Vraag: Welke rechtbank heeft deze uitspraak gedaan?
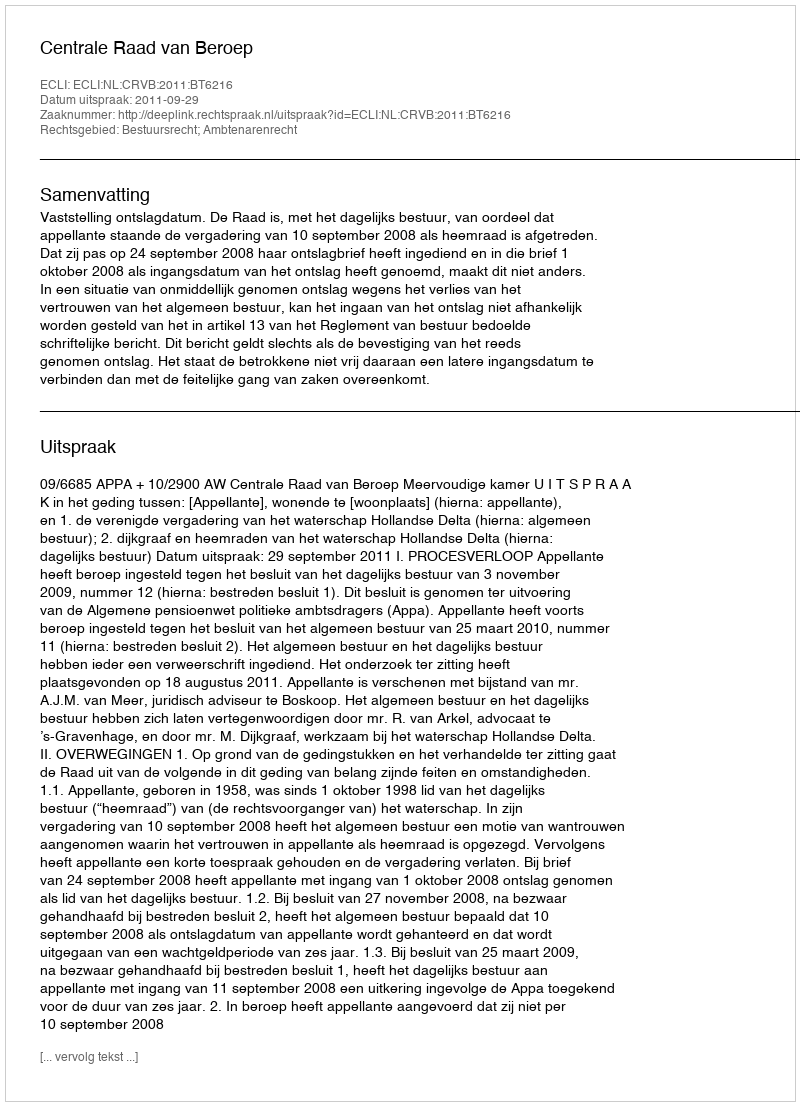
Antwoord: Centrale Raad van Beroep